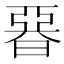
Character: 𣉩